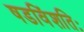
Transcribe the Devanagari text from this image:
षडविंशतिः